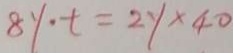
8 y \cdot t = 2 y \times 4 0